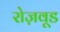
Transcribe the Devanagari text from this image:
रोज़वूड